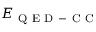
E _ { \mathrm { ~ Q ~ E ~ D ~ - ~ C ~ C ~ } }